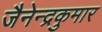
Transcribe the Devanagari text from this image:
जैनेन्द्रकुमार